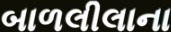
બાળલીલાના